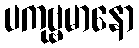
ပကုဗ္ဗမာနော